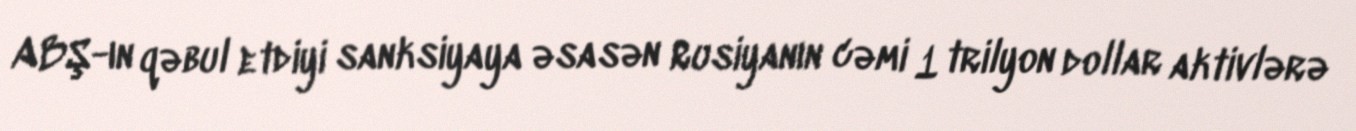
ABŞ-ın qəbul etdiyi sanksiyaya əsasən Rusiyanın cəmi 1 trilyon dollar aktivlərə